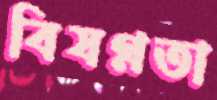
বিষণ্ণতা